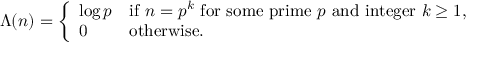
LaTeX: \Lambda ( n ) = { \left\{ \begin{array} { l l } { \log p } & { { \mathrm { i f ~ } } n = p ^ { k } { \mathrm { ~ f o r ~ s o m e ~ p r i m e ~ } } p { \mathrm { ~ a n d ~ i n t e g e r ~ } } k \geq 1 , } \\ { 0 } & { { \mathrm { o t h e r w i s e . } } } \end{array} \right. }